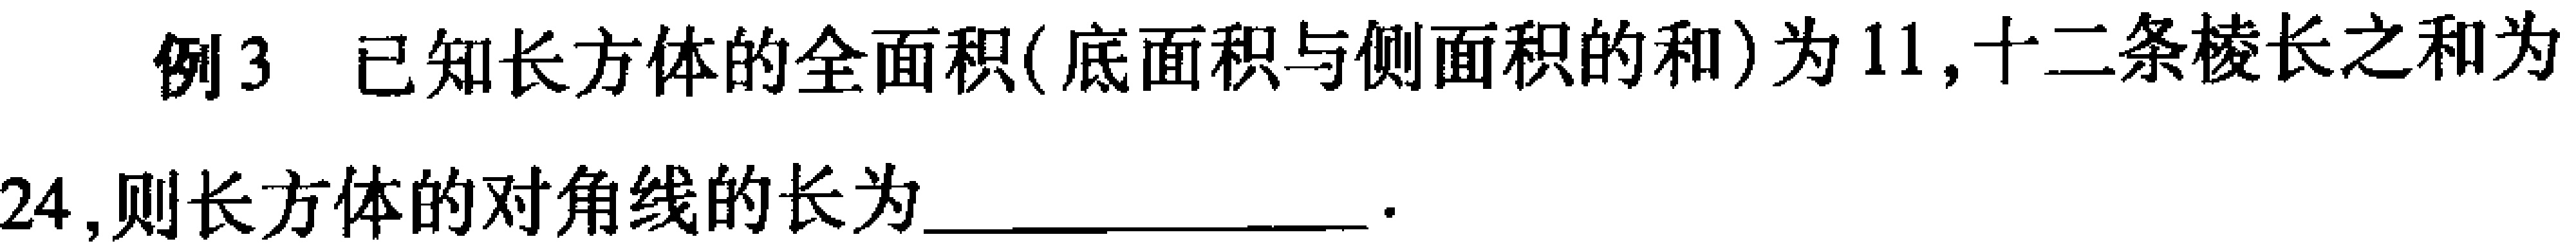
例3 已知长方体的全面积(底面积与侧面积的和)为$11$,十二条棱长之和为$24$,则长方体的对角线的长为________________.